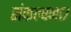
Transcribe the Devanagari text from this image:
संकल्पना७